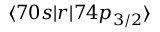
\langle 7 0 s | r | 7 4 p _ { 3 / 2 } \rangle